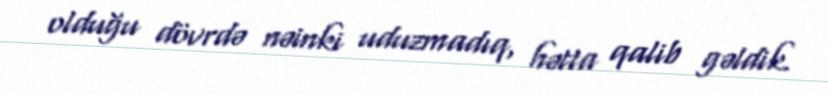
olduğu dövrdə nəinki uduzmadıq, hətta qalib gəldik.